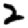
Digit: 2